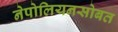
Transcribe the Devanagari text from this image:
नेपोलियनसोबत